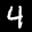
Label: 4